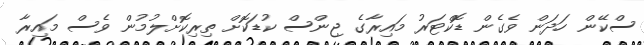
ސްކޭން ހަދަން ވެގެން ޑޮކްޓަރު މައިރާގެ ޖިންސް ކުޑަކޮށް ތިރިކޮށްލުމުން ވެސް މައިރާ